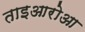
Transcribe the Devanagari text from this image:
ताइआरोआ